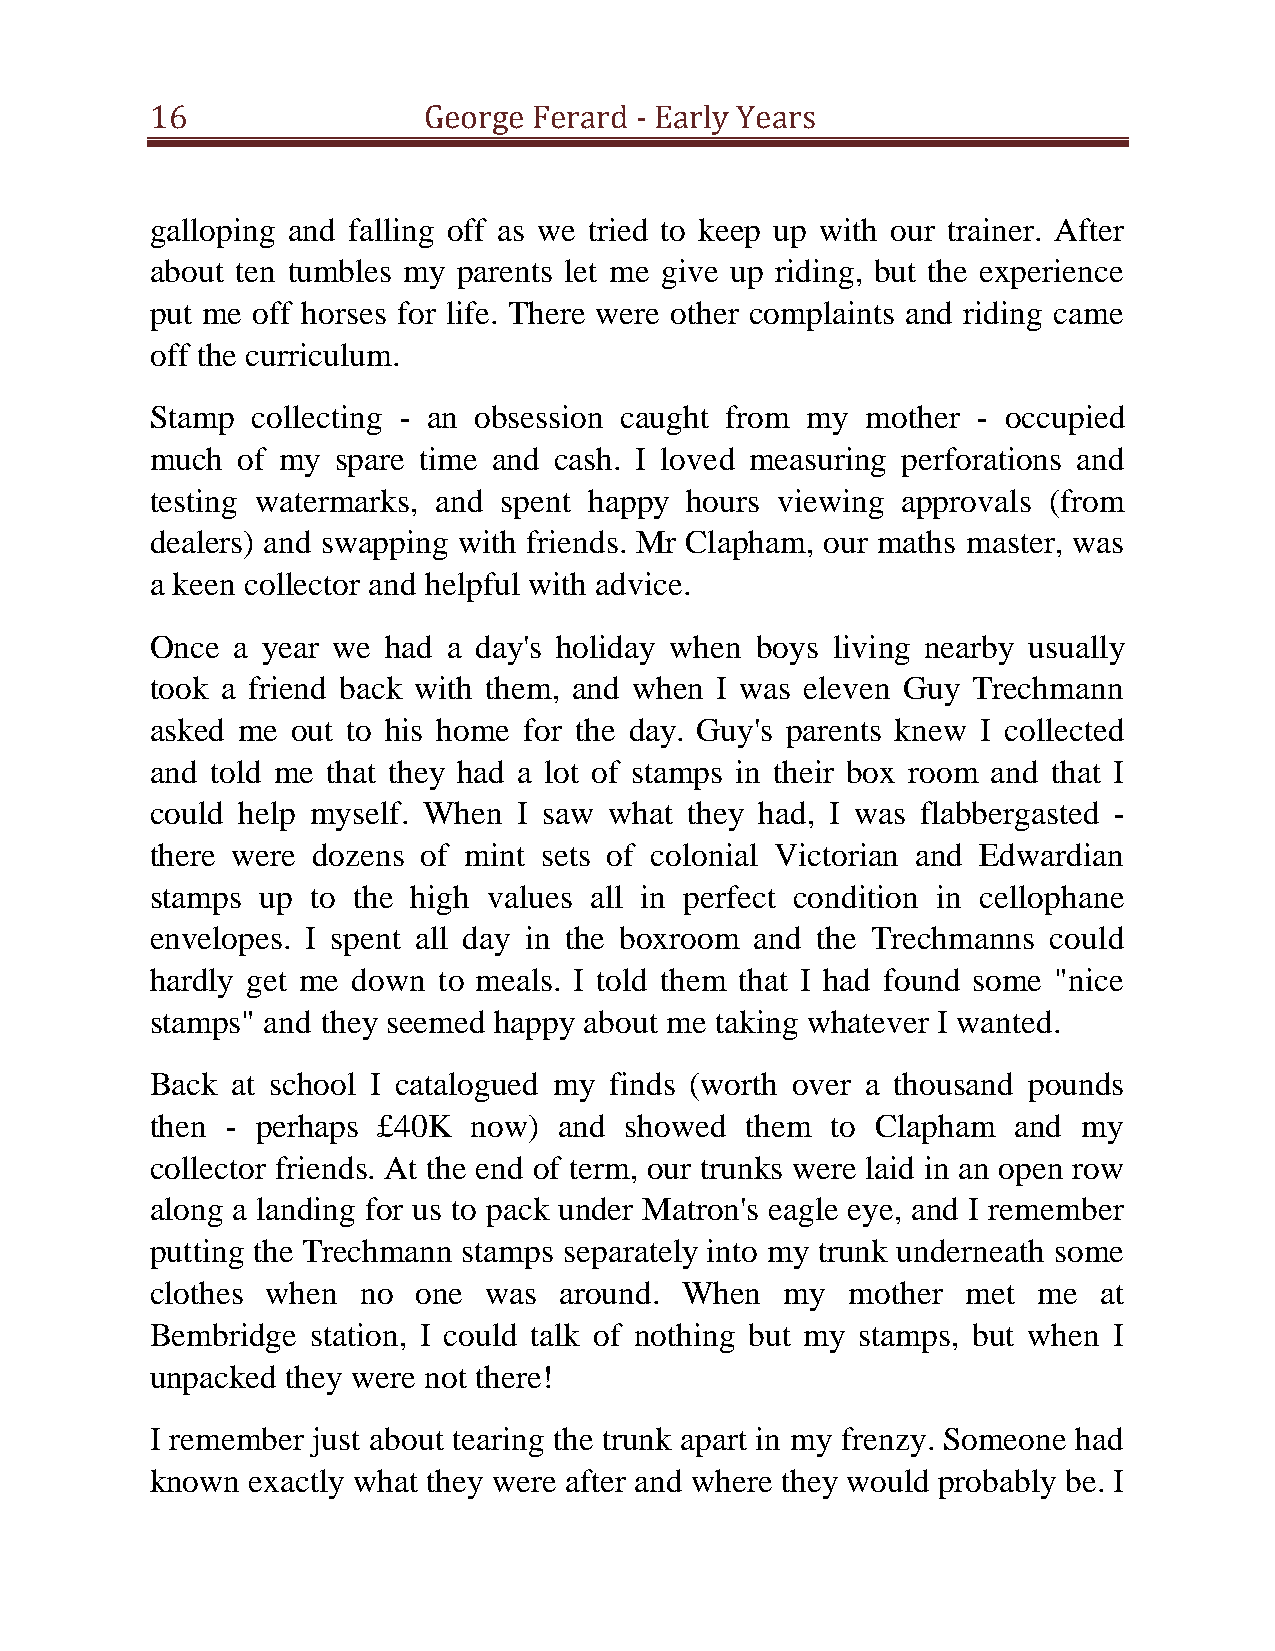
16                George Ferard - Early Years
 galloping and falling off as we tried to keep up with our trainer. After
 about ten tumbles my parents let me give up riding, but the experience
 put me off horses for life. There were other complaints and riding came
 off the curriculum.
 Stamp  collecting - an obsession caught from my mother - occupied
 much  of my spare time and cash. I loved measuring perforations and
 testing watermarks, and spent happy hours viewing approvals (from
 dealers) and swapping with friends. Mr Clapham, our maths master, was
 a keen collector and helpful with advice.
 Once a year we  had a day's holiday when boys living nearby usually
 took a friend back with them, and when I was eleven Guy Trechmann
 asked me out to his home for the day. Guy's parents knew I collected
 and told me that they had a lot of stamps in their box room and that I
 could help myself. When I saw what they had, I was flabbergasted -
 there were dozens of mint sets of colonial Victorian and Edwardian
 stamps up  to the high values all in perfect condition in cellophane
 envelopes. I spent all day in the boxroom and the Trechmanns could
 hardly get me down to meals. I told them that I had found some "nice
 stamps" and they seemed happy about me taking whatever I wanted.
 Back at school I catalogued my finds (worth over a thousand pounds
 then - perhaps £40K  now)  and showed  them  to Clapham  and  my
 collector friends. At the end of term, our trunks were laid in an open row
 along a landing for us to pack under Matron's eagle eye, and I remember
 putting the Trechmann stamps separately into my trunk underneath some
 clothes when  no  one was  around. When   my  mother  met  me  at
 Bembridge  station, I could talk of nothing but my stamps, but when I
 unpacked they were not there!
 I remember just about tearing the trunk apart in my frenzy. Someone had
 known  exactly what they were after and where they would probably be. I